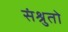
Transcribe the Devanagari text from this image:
संश्रुतो